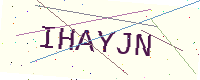
Text: IHAYJN